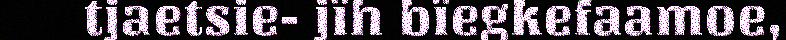
tjaetsie- jïh bïegkefaamoe,